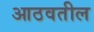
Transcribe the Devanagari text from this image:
आठवतील